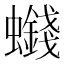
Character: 𮕒